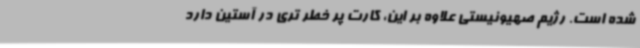
شده است. رژیم صهیونیستی علاوه بر این، کارت پر خطر تری در آستین دارد